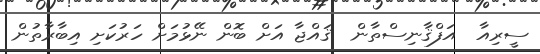
ސީރިއާ  އަފްޤާނިސްތާން  ޤައްޖާ އަށް ބޮން ނޭޅުމަށް ހަރުކަށި އިބާރާތުން